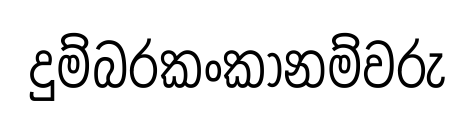
දුම්බරකංකානම්වරු